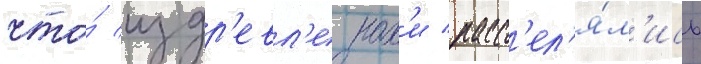
что́ издр'евл'е нах'и расс'ел'я́л'ись